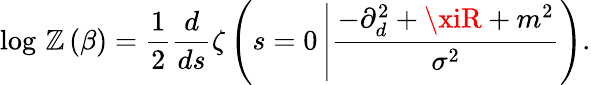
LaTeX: \log\, \mathbb{Z}\left(\beta\right)=\frac{{1}}{{2}}\frac{{d}}{{ds}}\zeta\left(s=0\left|\frac{{-\partial_{d}^{2}+\xiR+m^{2}}}{{\sigma^{2}}}\right.\right).